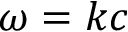
\omega = k c